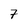
Character: 7